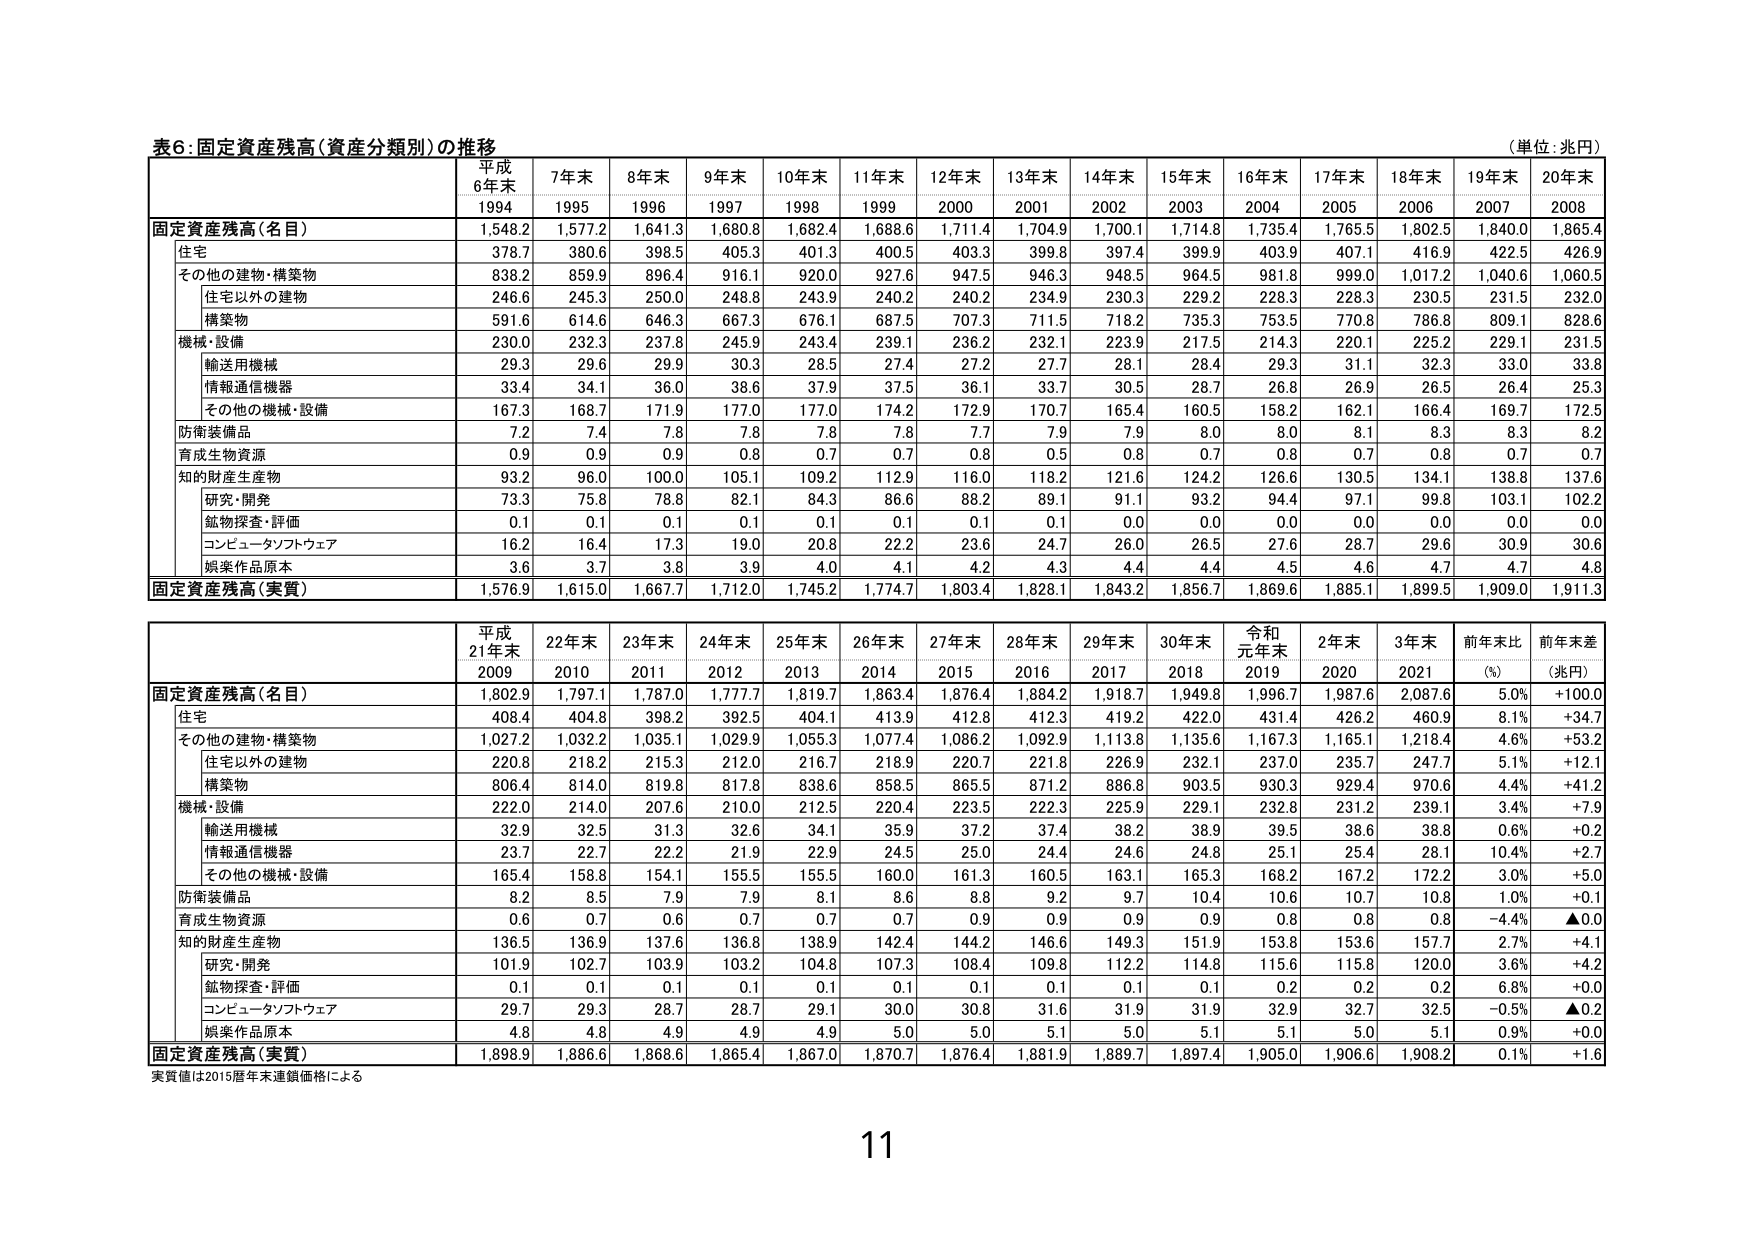
表6:固定資産残高(資産分類別)の推移
(単位:兆円)
平成
6年末
7年末
8年末
9年末
10年末
11年末
12年末
13年末
14年末
15年末
16年末
17年末
18年末
19年末
20年末
1994
1995
1996
1997
1998
1999
2000
2001
2002
2003
2004
2005
2006
2007
2008
固定資産残高(名目)
1,548.2
1,577.2
1,641.3
1,680.8
1,682.4
1,688.6
1,711.4
1,704.9
1,700.1
1,714.8
1,735.4
1,765.5
1,802.5
1,840.0
1,865.4
住宅
378.7
380.6
398.5
405.3
401.3
400.5
403.3
399.8
397.4
399.9
403.9
407.1
416.9
422.5
426.9
その他の建物・構築物
838.2
859.9
896.4
916.1
920.0
927.6
947.5
946.3
948.5
964.5
981.8
999.0
1,017.2
1,040.6
1,060.5
住宅以外の建物
246.6
245.3
250.0
248.8
243.9
240.2
240.2
234.9
230.3
229.2
228.3
228.3
230.5
231.5
232.0
構築物
591.6
614.6
646.3
667.3
676.1
687.5
707.3
711.5
718.2
735.3
753.5
770.8
786.8
809.1
828.6
機械・設備
230.0
232.3
237.8
245.9
243.4
239.1
236.2
232.1
223.9
217.5
214.3
220.1
225.2
229.1
231.5
輸送用機械
29.3
29.6
29.9
30.3
28.5
27.4
27.2
27.7
28.1
28.4
29.3
31.1
32.3
33.0
33.8
情報通信機器
33.4
34.1
36.0
38.6
37.9
37.5
36.1
33.7
30.5
28.7
26.8
26.9
26.5
26.4
25.3
その他の機械・設備
167.3
168.7
171.9
177.0
177.0
174.2
172.9
170.7
165.4
160.5
158.2
162.1
166.4
169.7
172.5
防衛装備品
7.2
7.4
7.8
7.8
7.8
7.8
7.7
7.9
7.9
8.0
8.0
8.1
8.3
8.3
8.2
育成生物資源
0.9
0.9
0.9
0.8
0.7
0.7
0.8
0.5
0.8
0.7
0.8
0.7
0.8
0.7
0.7
知的財産生産物
93.2
96.0
100.0
105.1
109.2
112.9
116.0
118.2
121.6
124.2
126.6
130.5
134.1
138.8
137.6
研究・開発
73.3
75.8
78.8
82.1
84.3
86.6
88.2
89.1
91.1
93.2
94.4
97.1
99.8
103.1
102.2
鉱物探査・評価
0.1
0.1
0.1
0.1
0.1
0.1
0.1
0.1
0.0
0.0
0.0
0.0
0.0
0.0
0.0
コンピュータソフトウェア
16.2
16.4
17.3
19.0
20.8
22.2
23.6
24.7
26.0
26.5
27.6
28.7
29.6
30.9
30.6
娯楽作品原本
3.6
3.7
3.8
3.9
4.0
4.1
4.2
4.3
4.4
4.4
4.5
4.6
4.7
4.7
4.8
固定資産残高(実質)
1,576.9
1,615.0
1,667.7
1,712.0
1,745.2
1,774.7
1,803.4
1,828.1
1,843.2
1,856.7
1,869.6
1,885.1
1,899.5
1,909.0
1,911.3
平成
21年末
22年末
23年末
24年末
25年末
26年末
27年末
28年末
29年末
30年末
令和
元年末
2年末
3年末
前年末比
前年末差
2009
2010
2011
2012
2013
2014
2015
2016
2017
2018
2019
2020
2021
(%)
(兆円)
固定資産残高(名目)
1,802.9
1,797.1
1,787.0
1,777.7
1,819.7
1,863.4
1,876.4
1,884.2
1,918.7
1,949.8
1,996.7
1,987.6
2,087.6
5.0%
+100.0
住宅
408.4
404.8
398.2
392.5
404.1
413.9
412.8
412.3
419.2
422.0
431.4
426.2
460.9
8.1%
+34.7
その他の建物・構築物
1,027.2
1,032.2
1,035.1
1,029.9
1,055.3
1,077.4
1,086.2
1,092.9
1,113.8
1,135.6
1,167.3
1,165.1
1,218.4
4.6%
+53.2
住宅以外の建物
220.8
218.2
215.3
212.0
216.7
218.9
220.7
221.8
226.9
232.1
237.0
235.7
247.7
5.1%
+12.1
構築物
806.4
814.0
819.8
817.8
838.6
858.5
865.5
871.2
886.8
903.5
930.3
929.4
970.6
4.4%
+41.2
機械・設備
222.0
214.0
207.6
210.0
212.5
220.4
223.5
222.3
225.9
229.1
232.8
231.2
239.1
3.4%
+7.9
輸送用機械
32.9
32.5
31.3
32.6
34.1
35.9
37.2
37.4
38.2
38.9
39.5
38.6
38.8
0.6%
+0.2
情報通信機器
23.7
22.7
22.2
21.9
22.9
24.5
25.0
24.4
24.6
24.8
25.1
25.4
28.1
10.4%
+2.7
その他の機械・設備
165.4
158.8
154.1
155.5
155.5
160.0
161.3
160.5
163.1
165.3
168.2
167.2
172.2
3.0%
+5.0
防衛装備品
8.2
8.5
7.9
7.9
8.1
8.6
8.8
9.2
9.7
10.4
10.6
10.7
10.8
1.0%
+0.1
育成生物資源
0.6
0.7
0.6
0.7
0.7
0.7
0.9
0.9
0.9
0.9
0.8
0.8
0.8
-4.4%
▲0.0
知的財産生産物
136.5
136.9
137.6
136.8
138.9
142.4
144.2
146.6
149.3
151.9
153.8
153.6
157.7
2.7%
+4.1
研究・開発
101.9
102.7
103.9
103.2
104.8
107.3
108.4
109.8
112.2
114.8
115.6
115.8
120.0
3.6%
+4.2
鉱物探査・評価
0.1
0.1
0.1
0.1
0.1
0.1
0.1
0.1
0.1
0.1
0.2
0.2
0.2
6.8%
+0.0
コンピュータソフトウェア
29.7
29.3
28.7
28.7
29.1
30.0
30.8
31.6
31.9
31.9
32.9
32.7
32.5
-0.5%
▲0.2
娯楽作品原本
4.8
4.8
4.9
4.9
4.9
5.0
5.0
5.1
5.0
5.1
5.1
5.0
5.1
0.9%
+0.0
固定資産残高(実質)
1,898.9
1,886.6
1,868.6
1,865.4
1,867.0
1,870.7
1,876.4
1,881.9
1,889.7
1,897.4
1,905.0
1,906.6
1,908.2
0.1%
+1.6
実質値は2015暦年末連鎖価格による
11